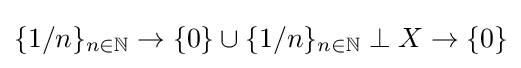
\{1/n\}_{n\in \mathbb {N} }\to \{0\}\cup \{1/n\}_{n\in \mathbb {N} }\perp X\to \{0\}